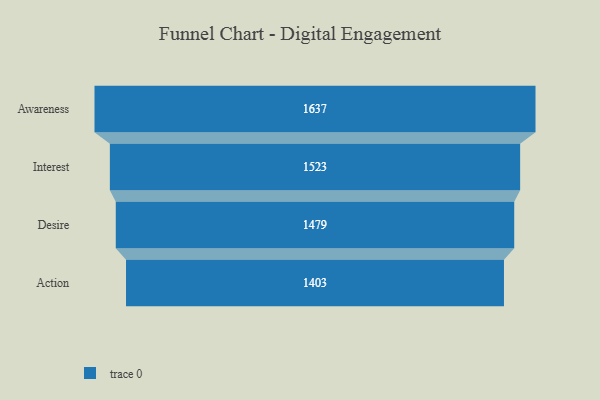
{"axis": {"x": "Stage", "y": "Value"}, "legend": [""], "data": [{"x": "Awareness", "y": 1637.0, "type": ""}, {"x": "Interest", "y": 1523.0, "type": ""}, {"x": "Desire", "y": 1479.0, "type": ""}, {"x": "Action", "y": 1403.0, "type": ""}]}